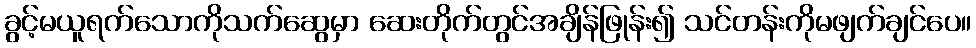
ခွင့်မယူရက်သောကိုသက်ဆွေမှာ ဆေးတိုက်တွင်အချိန်ဖြုန်း၍ သင်တန်းကိုမဖျက်ချင်ပေ။